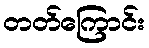
တတ်ကြောင်း